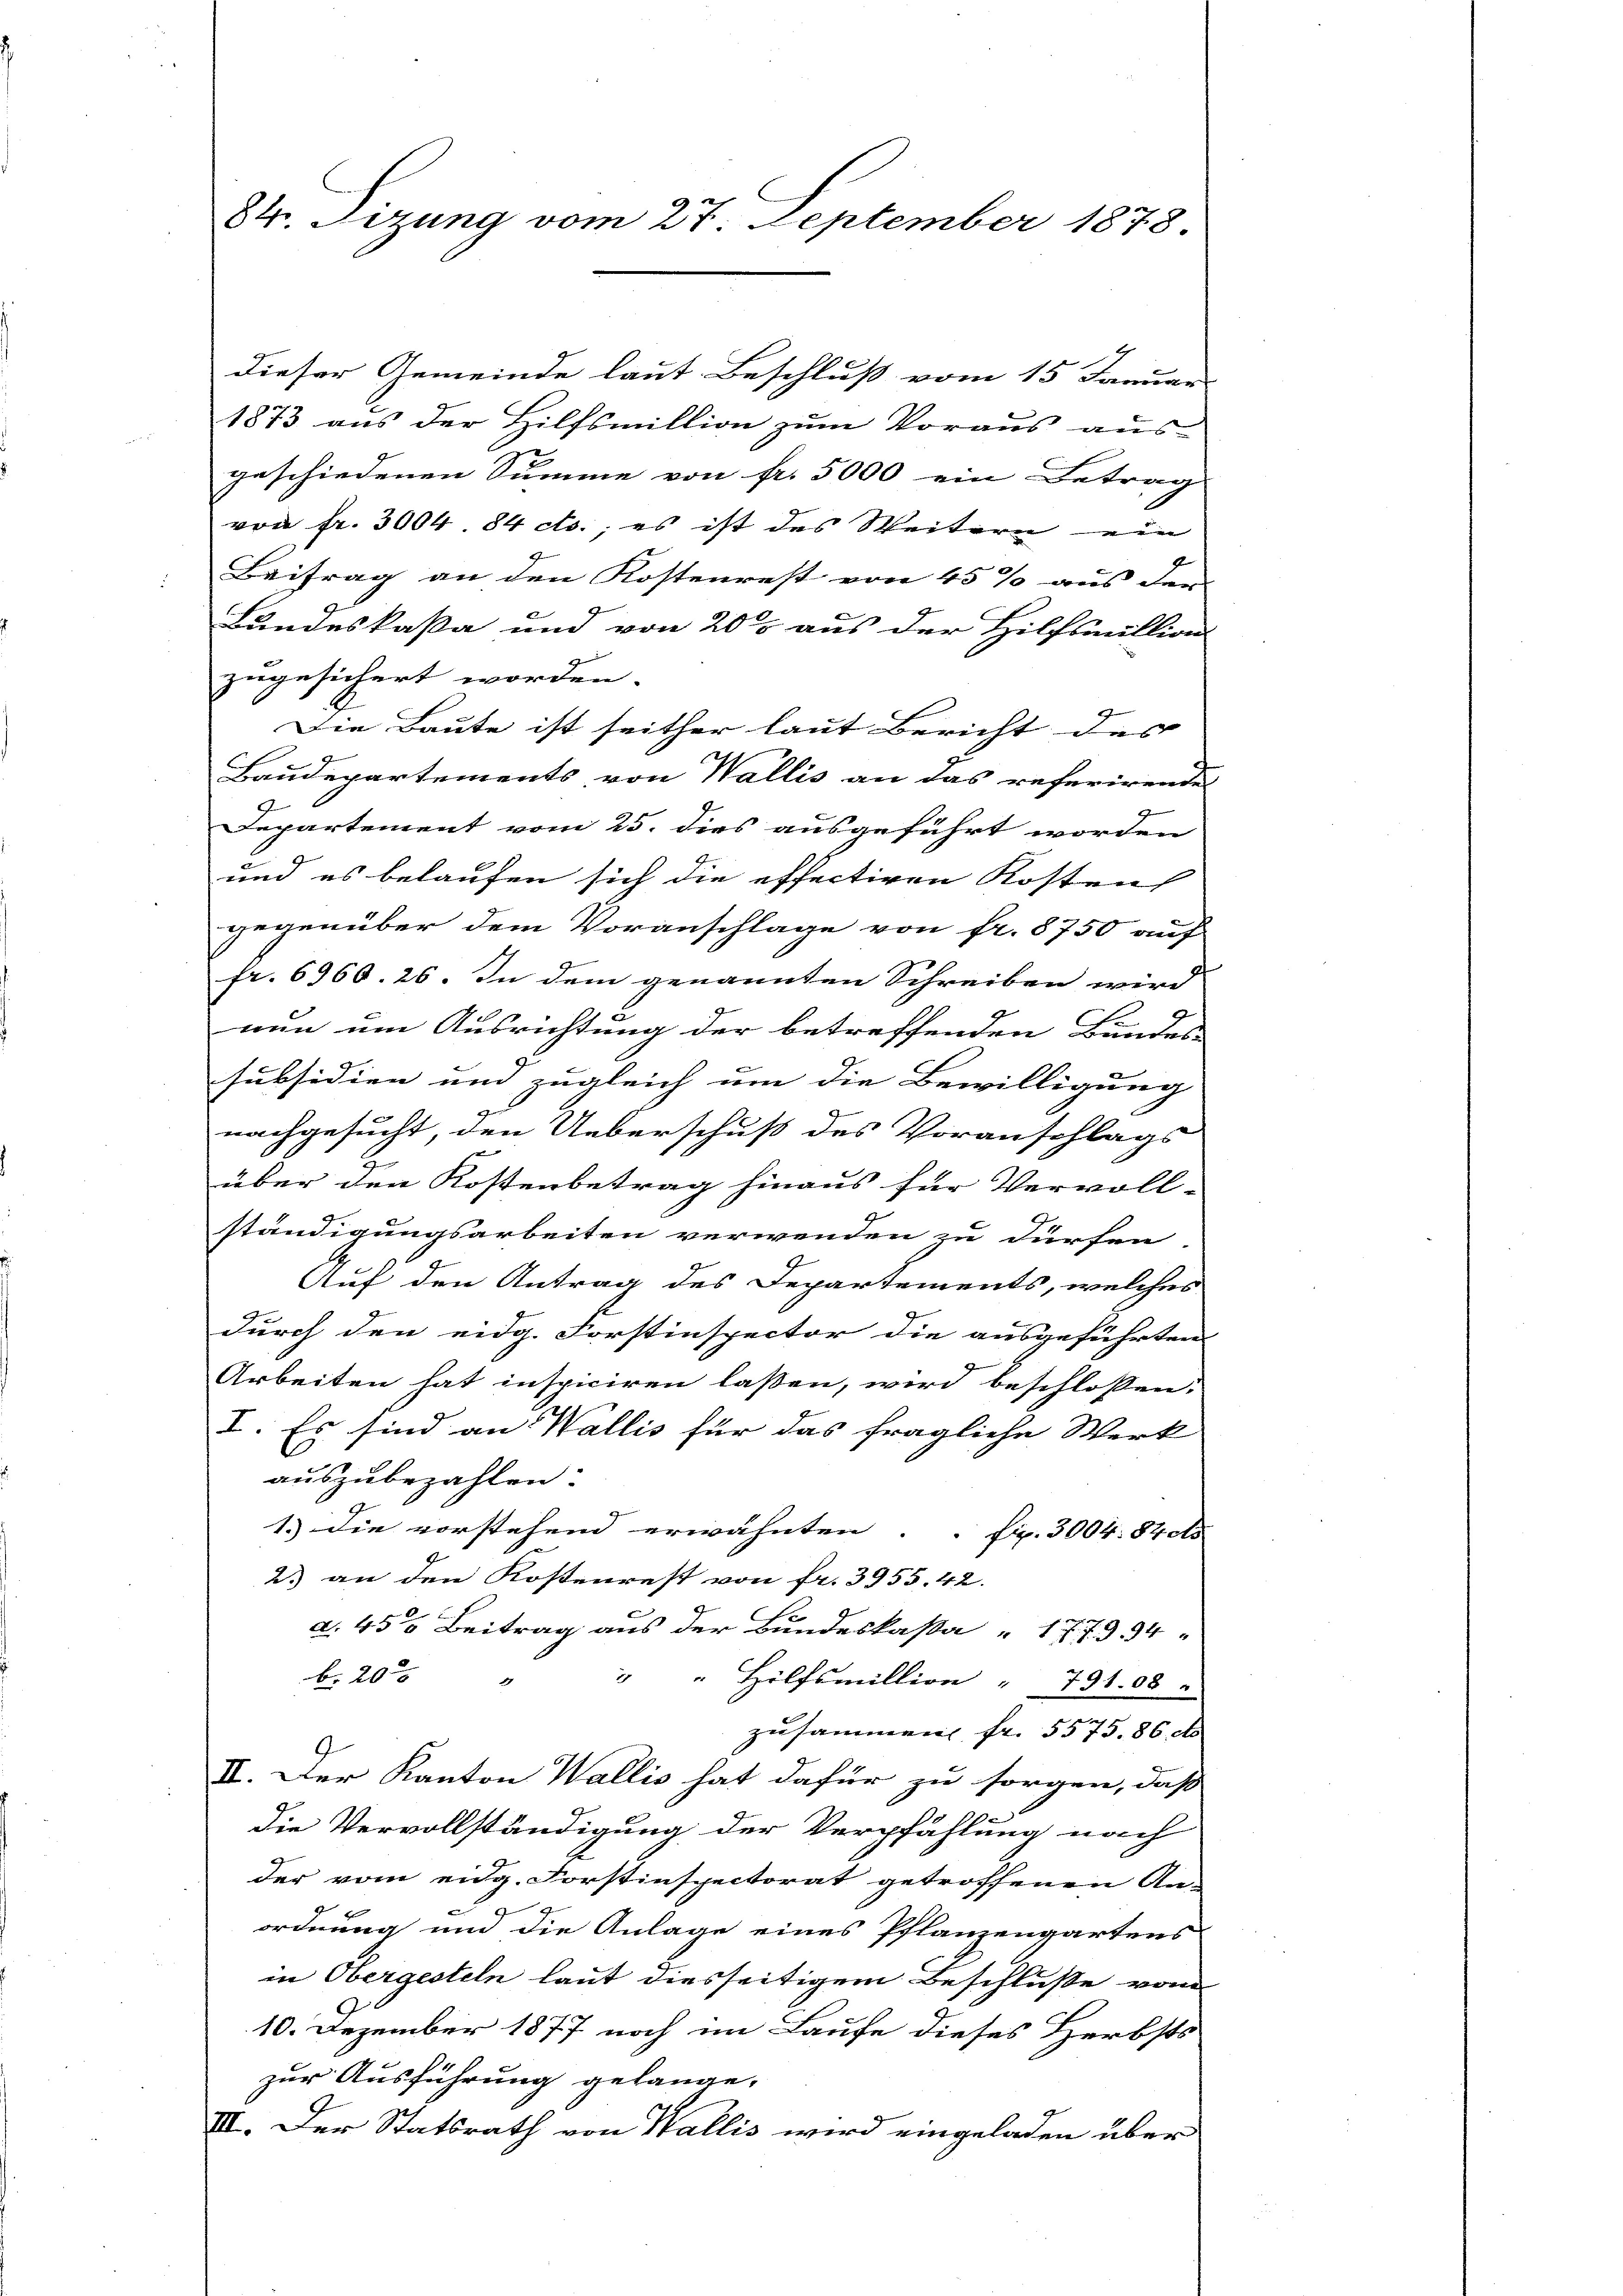
84. Sizung vom 27. September 1878

dieser Gemeinde laut Beschluß vom 15. Januar
1873 aus der Hilfsmillion zum Voraus aus-
geschiedenen Summe von fr. 5000 ein Betrag
von fr. 3004 84 cts.; es ist des Weitern ein
Beitrag an den Kostenrest von 45 % aus den |
Landeskaßa und von 200 aus der Hilfsmillion
zugesichert worden.
Die Baute ist seither laut Bericht des
Baudepartements, von Wallis an das referirende
Departement vom 25. dies ausgeführt worden
und es belaufen sich die effectiren Kosten
gegenüber dem Voranschlage von fr. 8750 auf
fr. 6960. 26. In dem genannten Schreiben wird
nun um Ausrichtung der betreffenden Bundes
subsidien und zugleich um die Bewilligung
h
nachgesucht, den Ueberschuß des Voranschlags
u
2
über den Kostenbetrag hinaus für Vervoll-
ständigungsarbeiten verwenden zu dürfen.
Auf den Antrag des Departements, welches
durch den eidg. Forstinspector die ausgeführten
Arbeiten hat inspiciren lassen, wird beschlossen:
I. Es sind an Wallis für das fragliche Werk
auszubezahlen.
1.) Die vorstehend erwähnten. Fr. 3004. 84 et
2.) an den Kostenrest von fr. 3955. 42.
a. 450 Beitrag aus der Bundeskassa 1773. 34
b. 20 x
" " Hilfsmillion " 731.08
zusammen fr. 5575. 86 d
II. Der Kanton Wallis hat dafür zu sorgen, daß
die Vervollständigung der Verpfählung nach
der vom eidg. Forstinspectorat getroffenen An-
9.
.
ordnung um die Anlage eines Pflanzengartens
in Obergesteln laut diesseitigem Beschluße von
10. Dezember 1877 noch im Laufe dieses Herbsts
zur Ausführung gelange.
III. Der Statsrath von Wallis wird eingeladen über